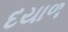
દયાળ